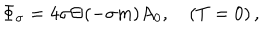
\Phi _ { \sigma } = 4 \sigma \Theta ( - \sigma m ) A _ { 0 } , \quad ( T = 0 ) \, ,